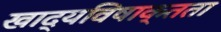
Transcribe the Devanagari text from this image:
खाद्यविषाक्तता